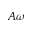
A \omega